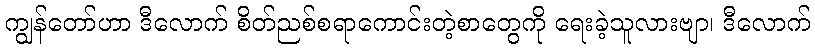
ကျွန်တော်ဟာ ဒီလောက် စိတ်ညစ်စရာကောင်းတဲ့စာတွေကို ရေးခဲ့သူလားဗျာ၊ ဒီလောက်